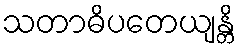
သတာဓိပတေယျန္တိ